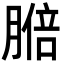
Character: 𦟋